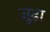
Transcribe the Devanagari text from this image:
जुढ़ा